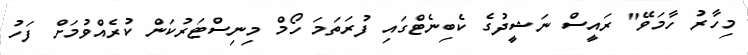
މިހާރު ހާމަވޭ" ރައީސް ނަޝީދުގެ ކެބިނެޓްގައި ފުރަތަމަ ހޯމް މިނިސްޓަރުކަން ކުރެއްވުމަށް ފަހު